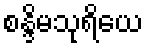
စန္ဒိမသုရိယေ